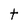
Character: t